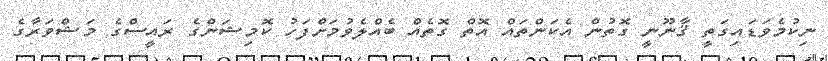
ނިކުމެވަޑައިގަތީ ޤާނޫނީ ގޮތުން އެކަންތައް އޮތް ގޮތެއް ބެއްލެވުމަށްފަހު ކޮމިޝަންގެ ރައީސްގެ މަޝްވަރާގެ